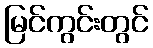
မြင်ကွင်းတွင်